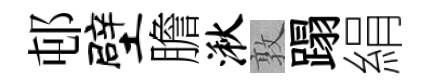
邨壁膽湫敦蹋絹